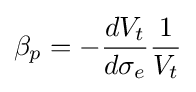
\beta _{p}=-{\frac {dV_{t}}{d\sigma _{e}}}{\frac {1}{V_{t}}}